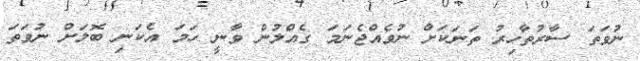
ނުވަތަ ސާރުތާހިރު ތަނަކަށް ނުވެއްޖެނަމަ ގެއްލުން ވާނީ ހަމަ އެކަނި ބޮލަށް ނުވަތަ